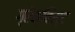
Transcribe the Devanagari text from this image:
ग्रेंक्विस्ट